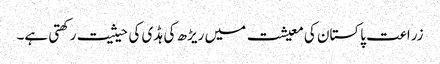
زراعت پاکستان کی معیشت میں ریڑھ کی ہڈی کی حیثیت رکھتی ہے۔